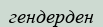
гендерден